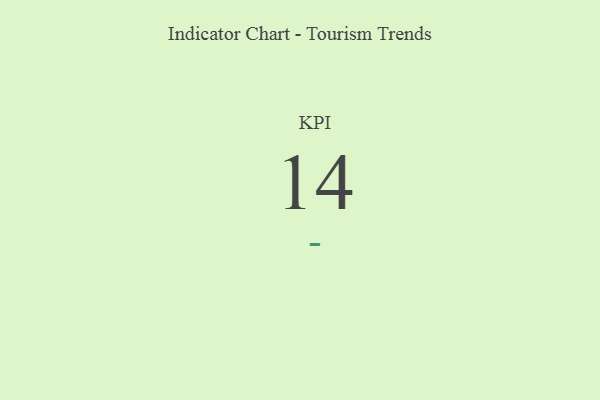
{"axis": {"x": "KPI", "y": "Value"}, "legend": [""], "data": [{"x": "KPI", "y": 14, "type": ""}]}